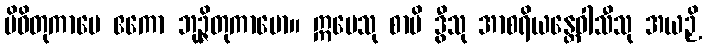
ပိဝိတုကာမေ ဧကော ဘုဉ္ဇိတုကာမော။ ဣမေသု စာပိ ဒွီသု အာစရိယန္တေဝါသီသု အယဉှိ